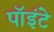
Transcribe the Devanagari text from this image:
पॉइंटे